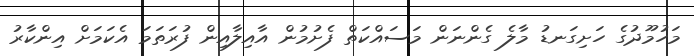
މަހުމޫދުގެ ހަށިގަނޑު މާލެ ގެންނަން މަސައްކަތް ފެށުމުން އާއިލާއިން ފުރަތަމަ އެކަމަށް އިންކާރު